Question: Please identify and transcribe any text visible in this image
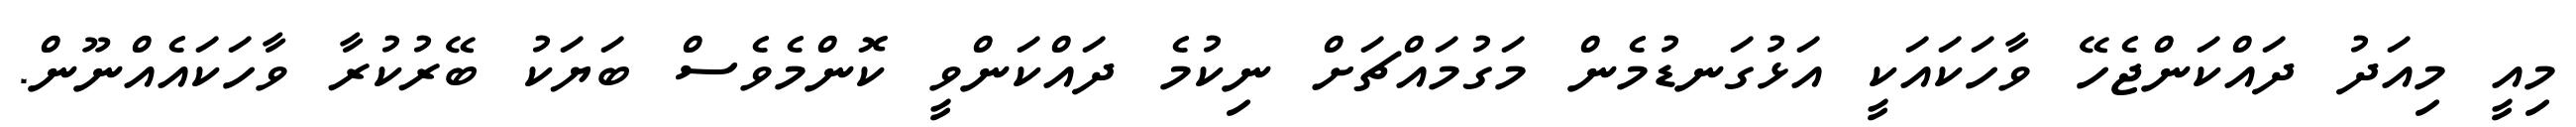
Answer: މިއީ މިއަދު ދައްކަންޖެހޭ ވާހަކައަކީ އަޅުގަނޑުމެން މަގުމައްޗަށް ނިކުމެ ދައްކަންވީ ކޮންމެވެސް ބަޔަކު ބޭރުކުރާ ވާހަކައެއްނޫން.